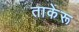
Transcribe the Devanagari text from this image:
ताकेरू